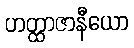
ဟတ္ထာဇာနီယော